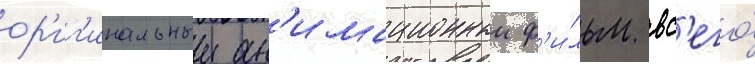
ор'иг'инальныи ан'имационныи ф'и́льм вс'его́